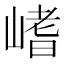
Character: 𡺸